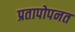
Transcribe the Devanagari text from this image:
प्रतापोपनत